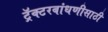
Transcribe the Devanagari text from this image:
ट्रॅक्टरबांधणीसाठी